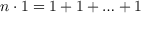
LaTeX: n \cdot 1 = 1 + 1 + \ldots + 1